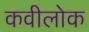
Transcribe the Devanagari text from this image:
कवीलोक